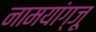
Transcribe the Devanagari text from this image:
नामयांग्जू